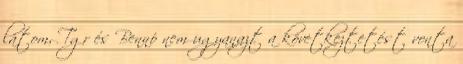
látom, Tgr és Bennó nem ugyanazt a következtetést vonta